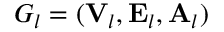
G _ { l } = ( { \bf V } _ { l } , { \bf E } _ { l } , { \bf A } _ { l } )